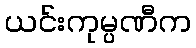
ယင်းကုမ္ပဏီက